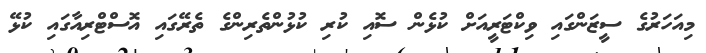
މިއަހަރުގެ ސީޒަންގައި ވިކްޓަރީއަށް ކުޅެން ސޮއި ކުރި ކުޅުންތެރިންގެ ތެރޭގައި އޮސްޓްރިއާގައި ކުޅޭ